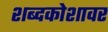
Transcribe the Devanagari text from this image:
शब्दकोशावर